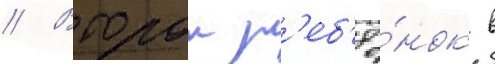
// Второи р'еб'ё́нок в